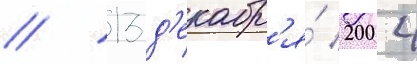
// 13 д'екабр'я́ 2004